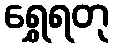
ရွှေရတု